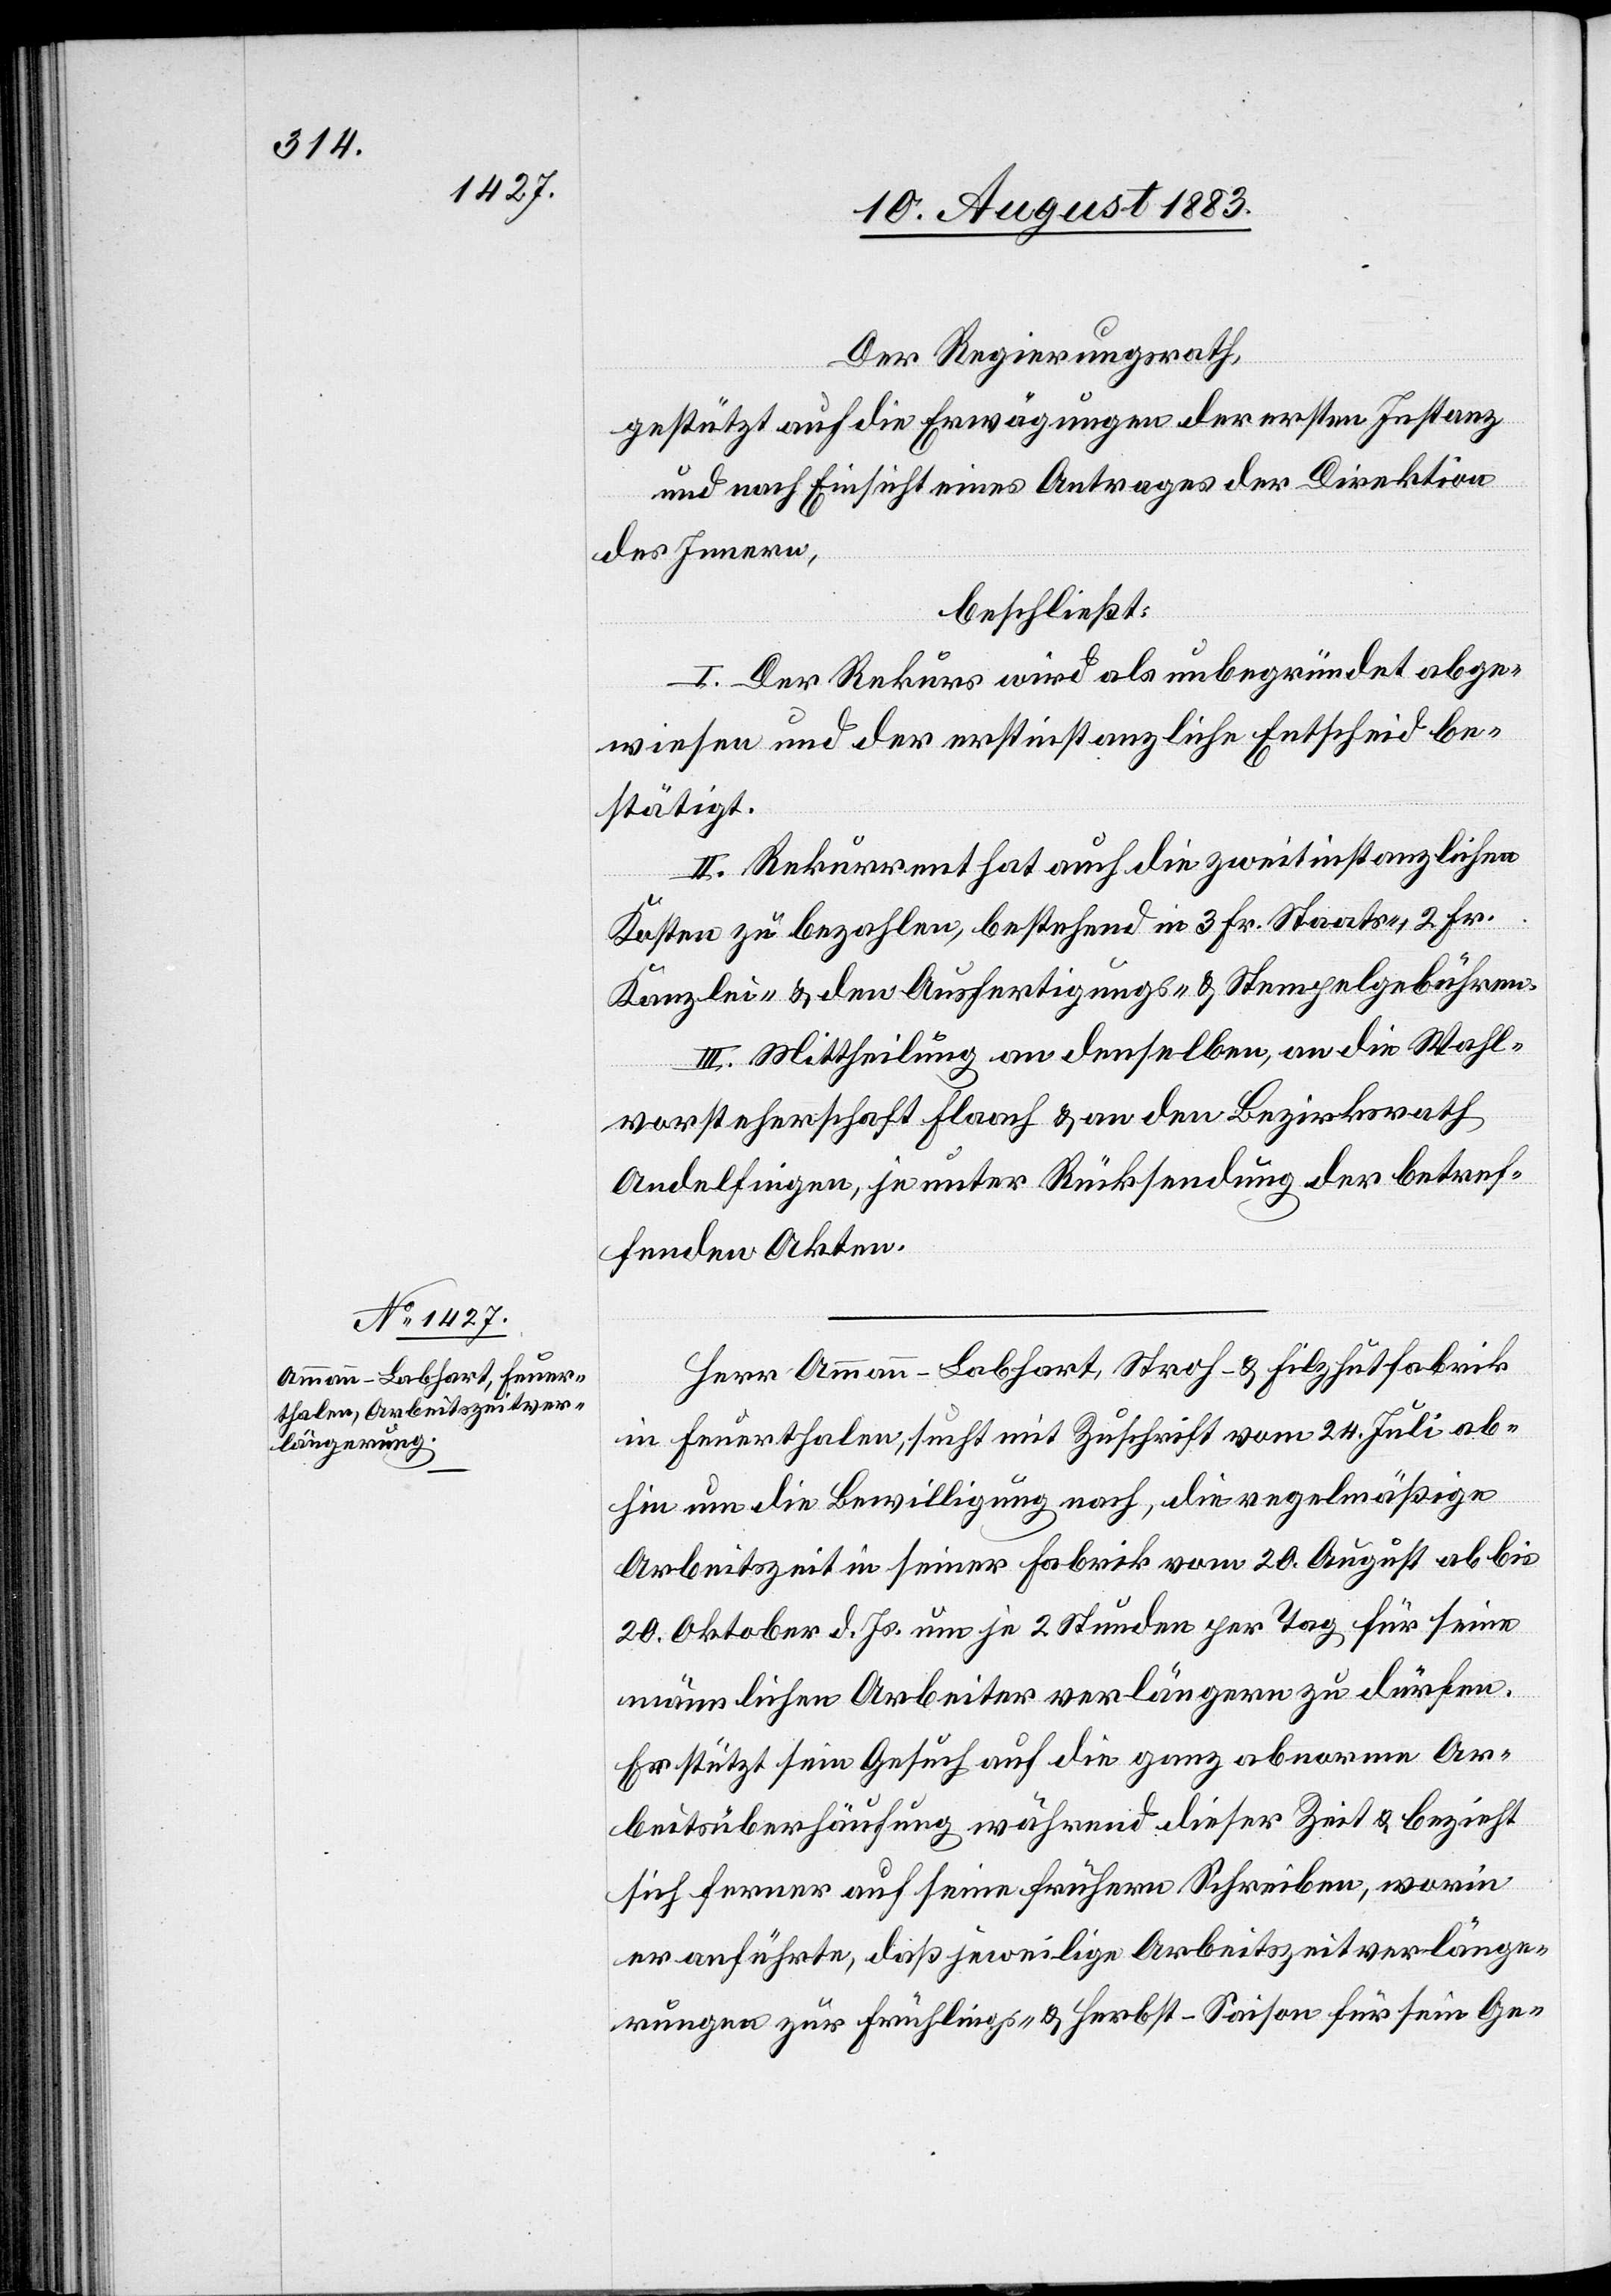
Der Regierungsrath,
gestützt auf die Erwägungen der ersten Instanz
und nach Einsicht eines Antrages der Direktion
des Innern,
beschließt:
I. Der Rekurs wird als unbegründet abge¬
wiesen und der erstinstanzliche Entscheid be¬
stätigt.
II. Rekurrent hat auch die zweitinstanzlichen
Kosten zu bezahlen, bestehend in 3 Fr. Staats-, 2 Fr.
Kanzlei- & den Ausfertigungs- & Stempelgebühren.
III. Mittheilung an denselben, an die Wahl¬
vorsteherschaft Flaach & an den Bezirksrath
Andelfingen, je unter Rücksendung der betref¬
fenden Akten.
Herr Ammann-Labhart, Stroh- & Filzhutfabrik
in Feuerthalen, sucht mit Zuschrift vom 24. Juli ab¬
hin um die Bewilligung nach, die regelmäßige
Arbeitszeit in seiner Fabrik vom 20. August ab bis
20. Oktober d. Js. um je 2 Stunden per Tag für seine
männlichen Arbeiter verlängern zu dürfen.
Er stützt sein Gesuch auf die ganz abnorme Ar¬
beitsüberhäufung während dieser Zeit & bezieht
sich ferner auf seine frühern Schreiben, worin
er anführte, daß jeweilige Arbeitszeitverlänge¬
rungen zur Frühlings- & Herbst-Saison für sein Ge-